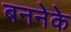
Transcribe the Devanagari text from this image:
बननेके